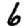
Digit: 6